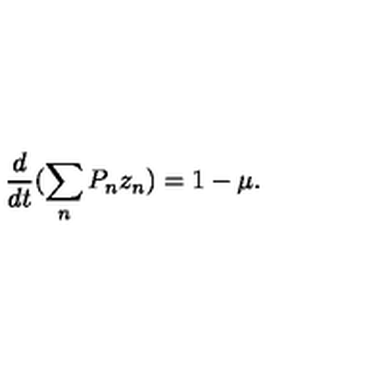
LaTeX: \frac { d } { d t } ( \sum _ { n } P _ { n } z _ { n } ) = 1 - \mu .